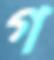
গ